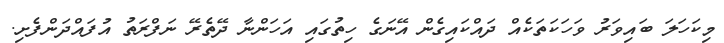
މިކަހަލަ ބައިވަރު ވަހަކަތަކެއް ދައްކައިގެން އޭނަގެ ހިތުގައި އަހަންނާ ދޭތެރޭ ނަފްރަތު އުފައްދަންފެށި.